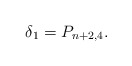
\begin{align*} \delta_1=P_{n+2,4}.\end{align*}